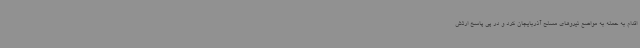
اقدام به حمله به مواضع نیروهای مسلح آذربایجان کرد و در پی پاسخ ارتش